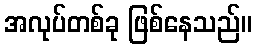
အလုပ်တစ်ခု ဖြစ်နေသည်။